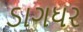
ડાગધર